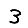
Digit: 3